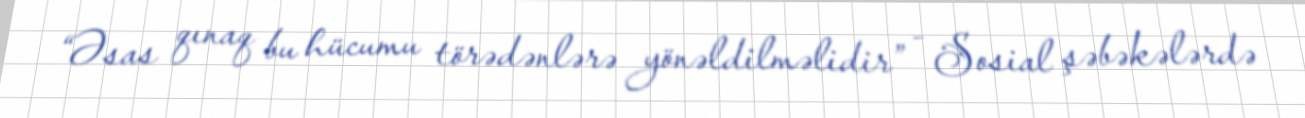
“Əsas qınaq bu hücumu törədənlərə yönəldilməlidir” - Sosial şəbəkələrdə